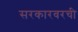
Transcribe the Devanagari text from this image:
सरकारवरची